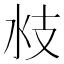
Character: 𣲰